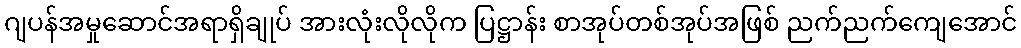
ဂျပန်အမှုဆောင်အရာရှိချုပ် အားလုံးလိုလိုက ပြဋ္ဌာန်း စာအုပ်တစ်အုပ်အဖြစ် ညက်ညက်ကျေအောင်